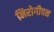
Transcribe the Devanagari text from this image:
निरोगीपन